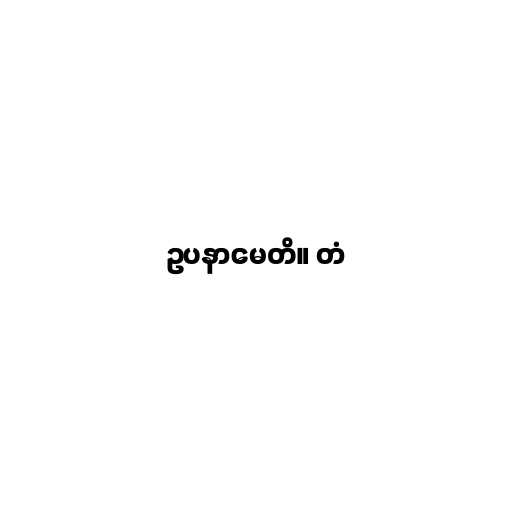
ဥပနာမေတိ။ တံ